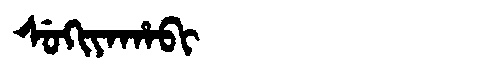
Manchu: ᠰᡠᡴᡳᠶᠠᡥᠠᠪᡳ
Romanization: SUKIYAHABI